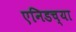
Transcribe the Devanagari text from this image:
एनिडच्या